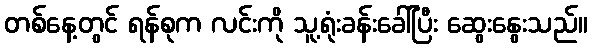
တစ်နေ့တွင် ရန်စုက လင်းကို သူ့ရုံးခန်းခေါ်ပြီး ဆွေးနွေးသည်။